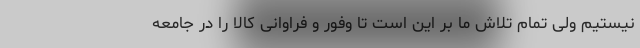
نیستیم ولی تمام تلاش ما بر این است تا وفور و فراوانی کالا را در جامعه